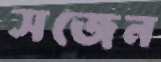
সজেন